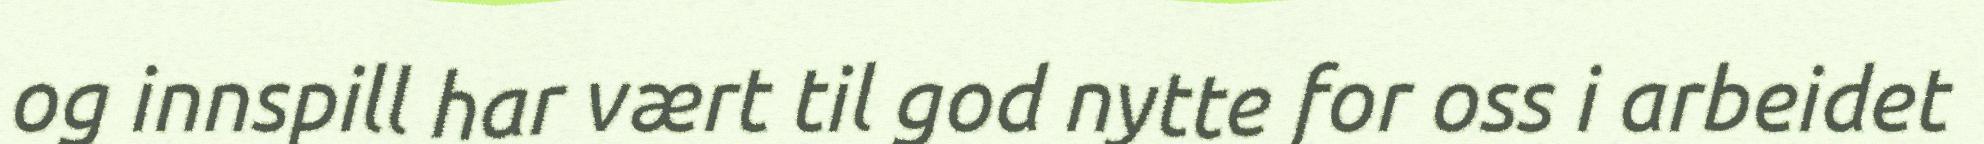
og innspill har vært til god nytte for oss i arbeidet